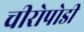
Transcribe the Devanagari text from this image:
चीरोपोडी